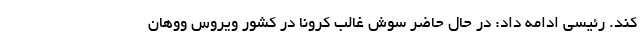
کند. رئیسی ادامه داد: در حال حاضر سوش غالب کرونا در کشور ویروس ووهان